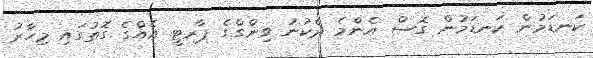
ކަނޑަމުން ކަނޑަމުން ގޮސް އެންމެ ދެކުނު ވިންގްގެ ޕާރޓީ އެއްގެ ގޮތުގައި މިހާރު